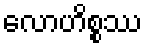
လောဟိစ္စဿ